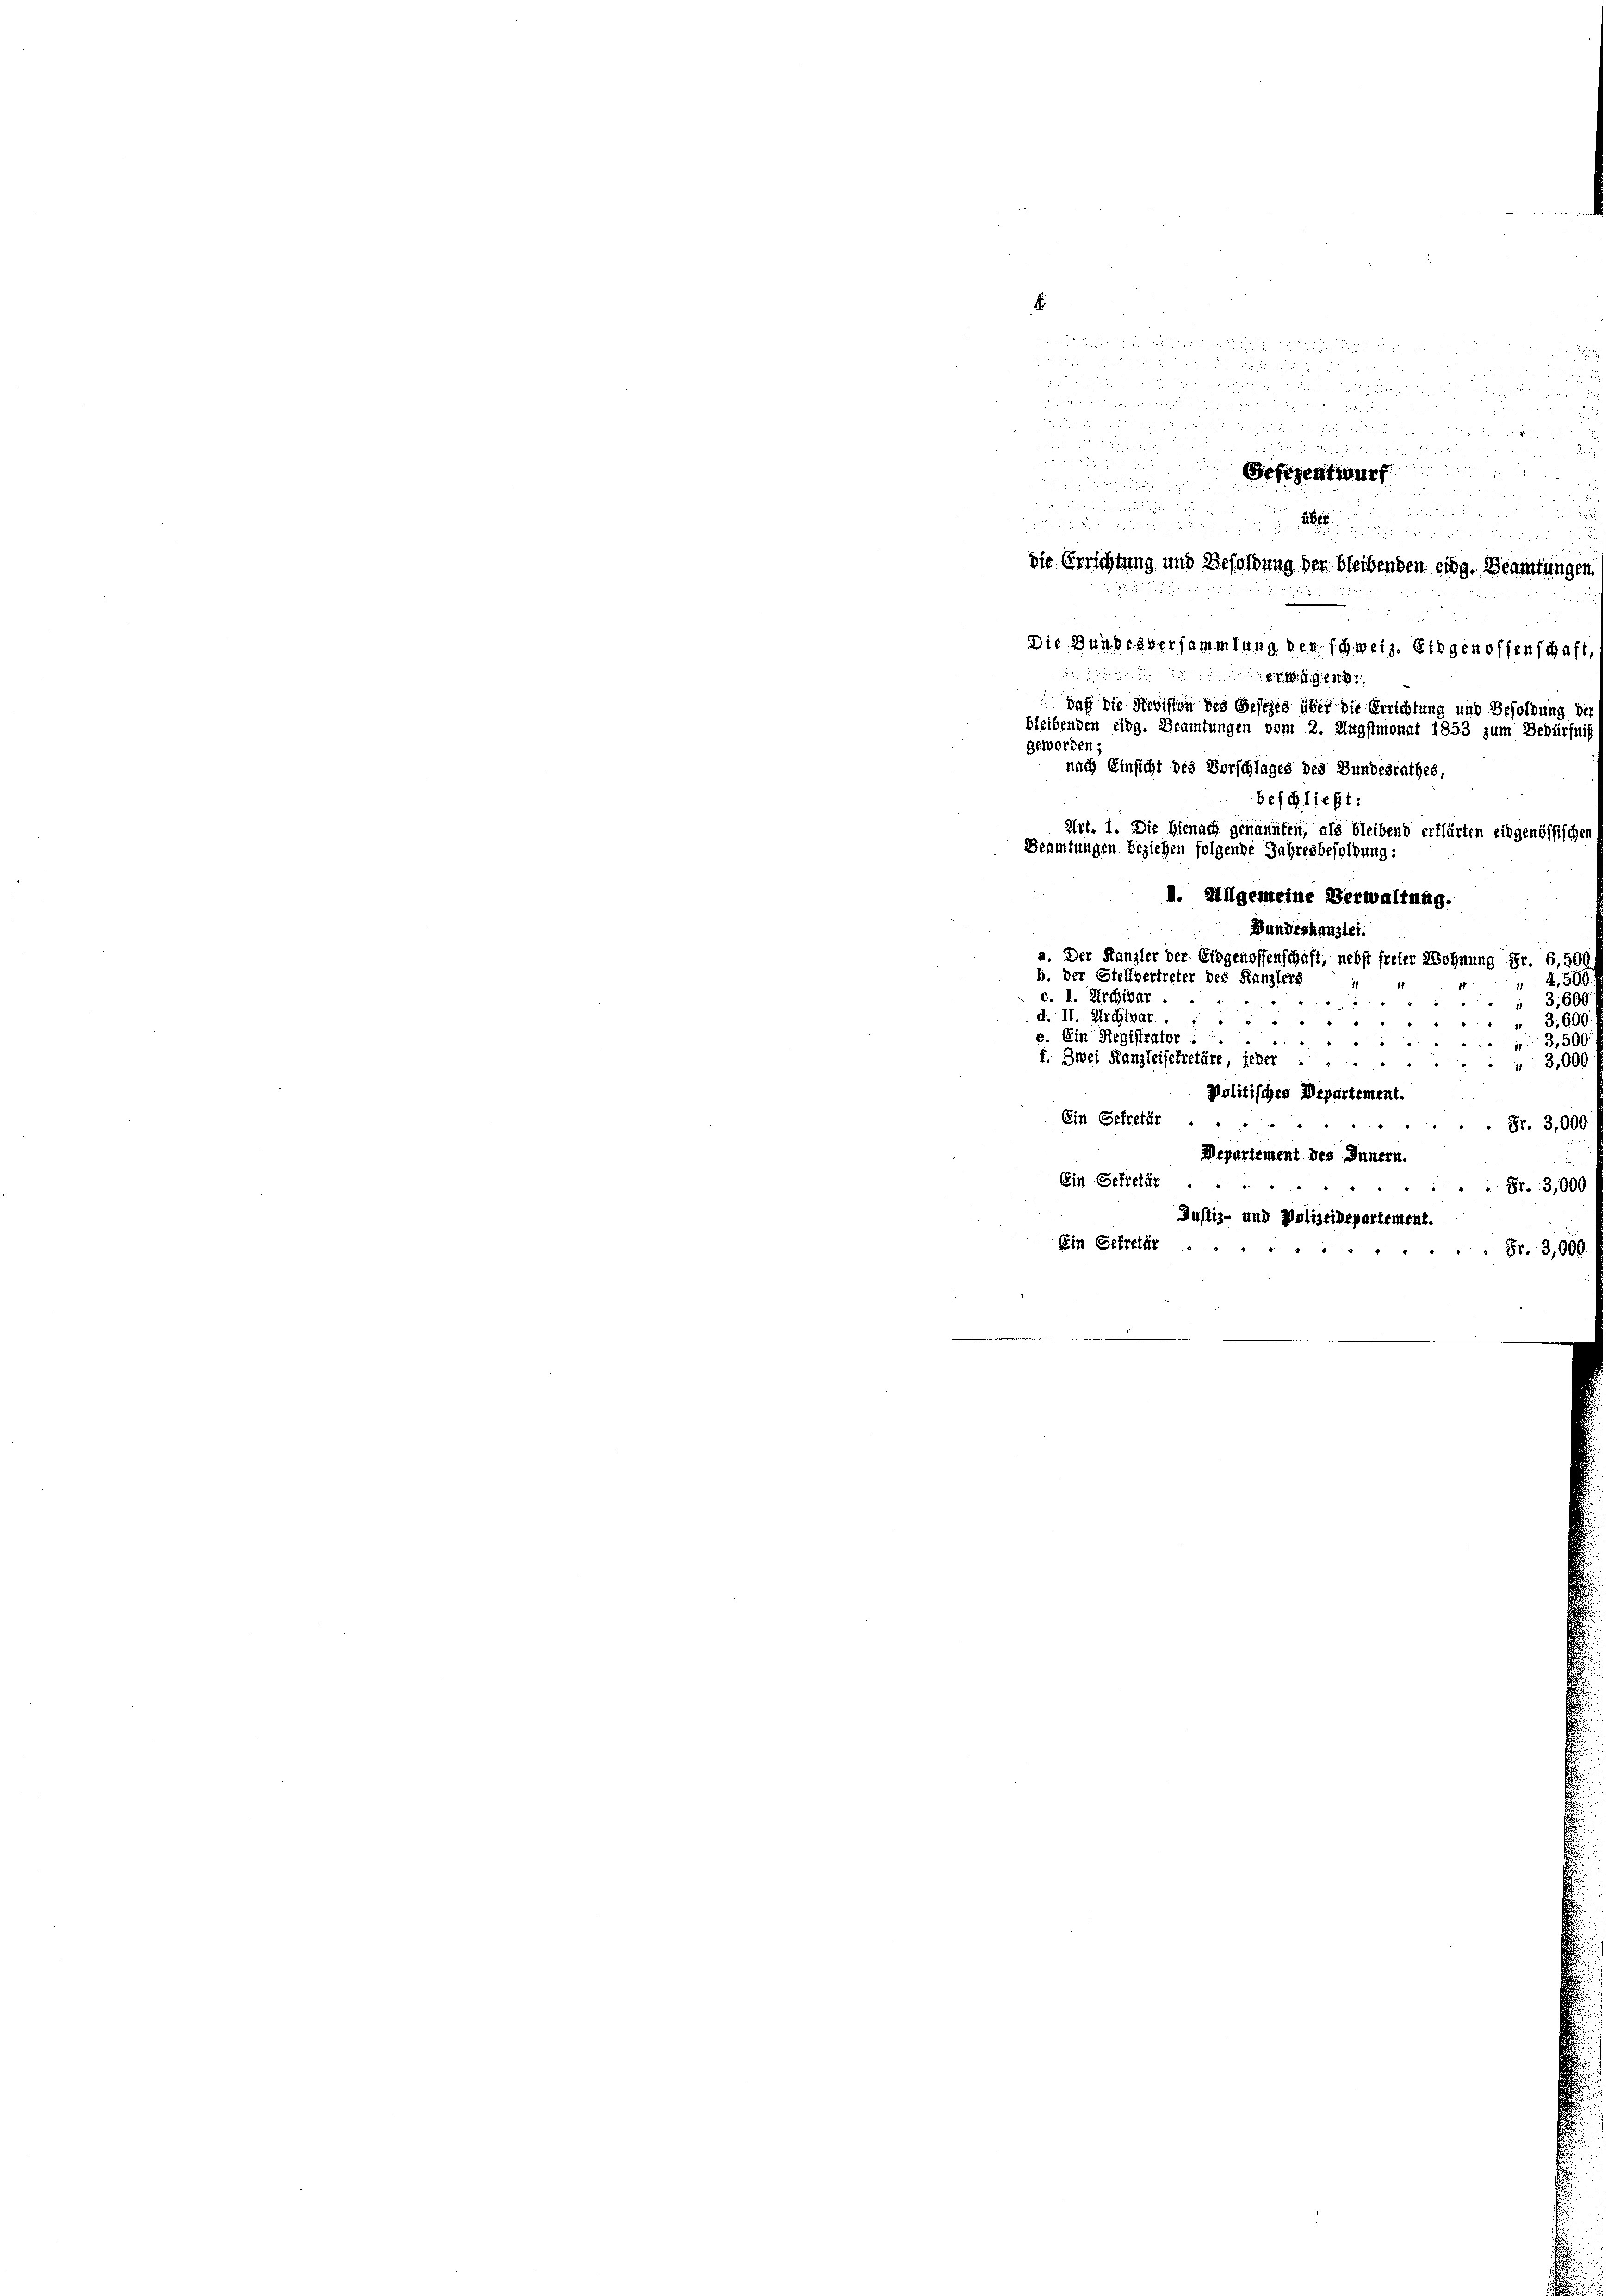
f

e

a
Gesezentraur

igung u wenn diesendung in der
Die Bundesversammlung der schweiz. Eidgenossenschaft
g
vac die Revision des Gesezes über die Errichtung und Besoldung de
bleibenden eidg. Beamtungen vom 2. Augstmonat 1853 zum Bedürf
nach Einsicht des Vorschlages des Bundesrathes
Beschließt:
Art. 1. Die Hienach genannten, als bleibend erklärten eidgenössischen
Beamtungen Beziehen folgende Jahresbesoldung
I. Allgemeine Verwaltung.
Bundeskanzlei.
a. Der Kanzler der Eidgenossenschaft, nebst freier Wohnung Fr. 6,500
b. der Stellvertreter des Kanzlers
c. I. Archivar

4,50
3,600
d. II. Archivar
 3,600.

e. Ein Registrator :
350
f. Zwei Kanzleisekretäre, jeher ....
d
 3,000
politisches Departement.
50.
Ein Getretär .
 Fr. 3,000.
Departement des Innern.
Ein Getretär . .
 Fr. 3,000.
Justiz- und Polizeidepartement.
Ein Getretär ...
Fr. 2,000
"

geworden;

.

die Errichtung und Besoldung der bleibenden eing. Beamte